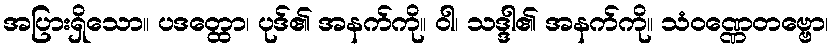
အပြားရှိသော။ ပဒတ္ထော၊ ပုဒ်၏ အနက်ကို။ ဝါ၊ သဒ္ဒါ၏ အနက်ကို။ သံဝဏ္ဏေတဗ္ဗော၊